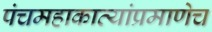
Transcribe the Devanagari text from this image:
पंचमहाकाव्यांप्रमाणेच